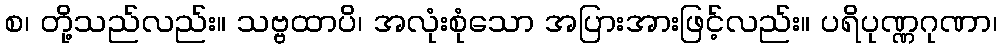
စ၊ တို့သည်လည်း။ သဗ္ဗထာပိ၊ အလုံးစုံသော အပြားအားဖြင့်လည်း။ ပရိပုဏ္ဏဂုဏာ၊